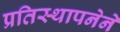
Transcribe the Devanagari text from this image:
प्रतिस्थापनेने